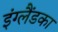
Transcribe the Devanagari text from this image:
इंग्लैंडका